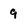
Character: 9